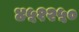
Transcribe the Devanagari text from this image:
४५१२५०